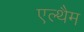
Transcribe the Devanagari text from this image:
एल्थैम